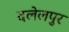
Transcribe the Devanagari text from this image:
दलेलपुर